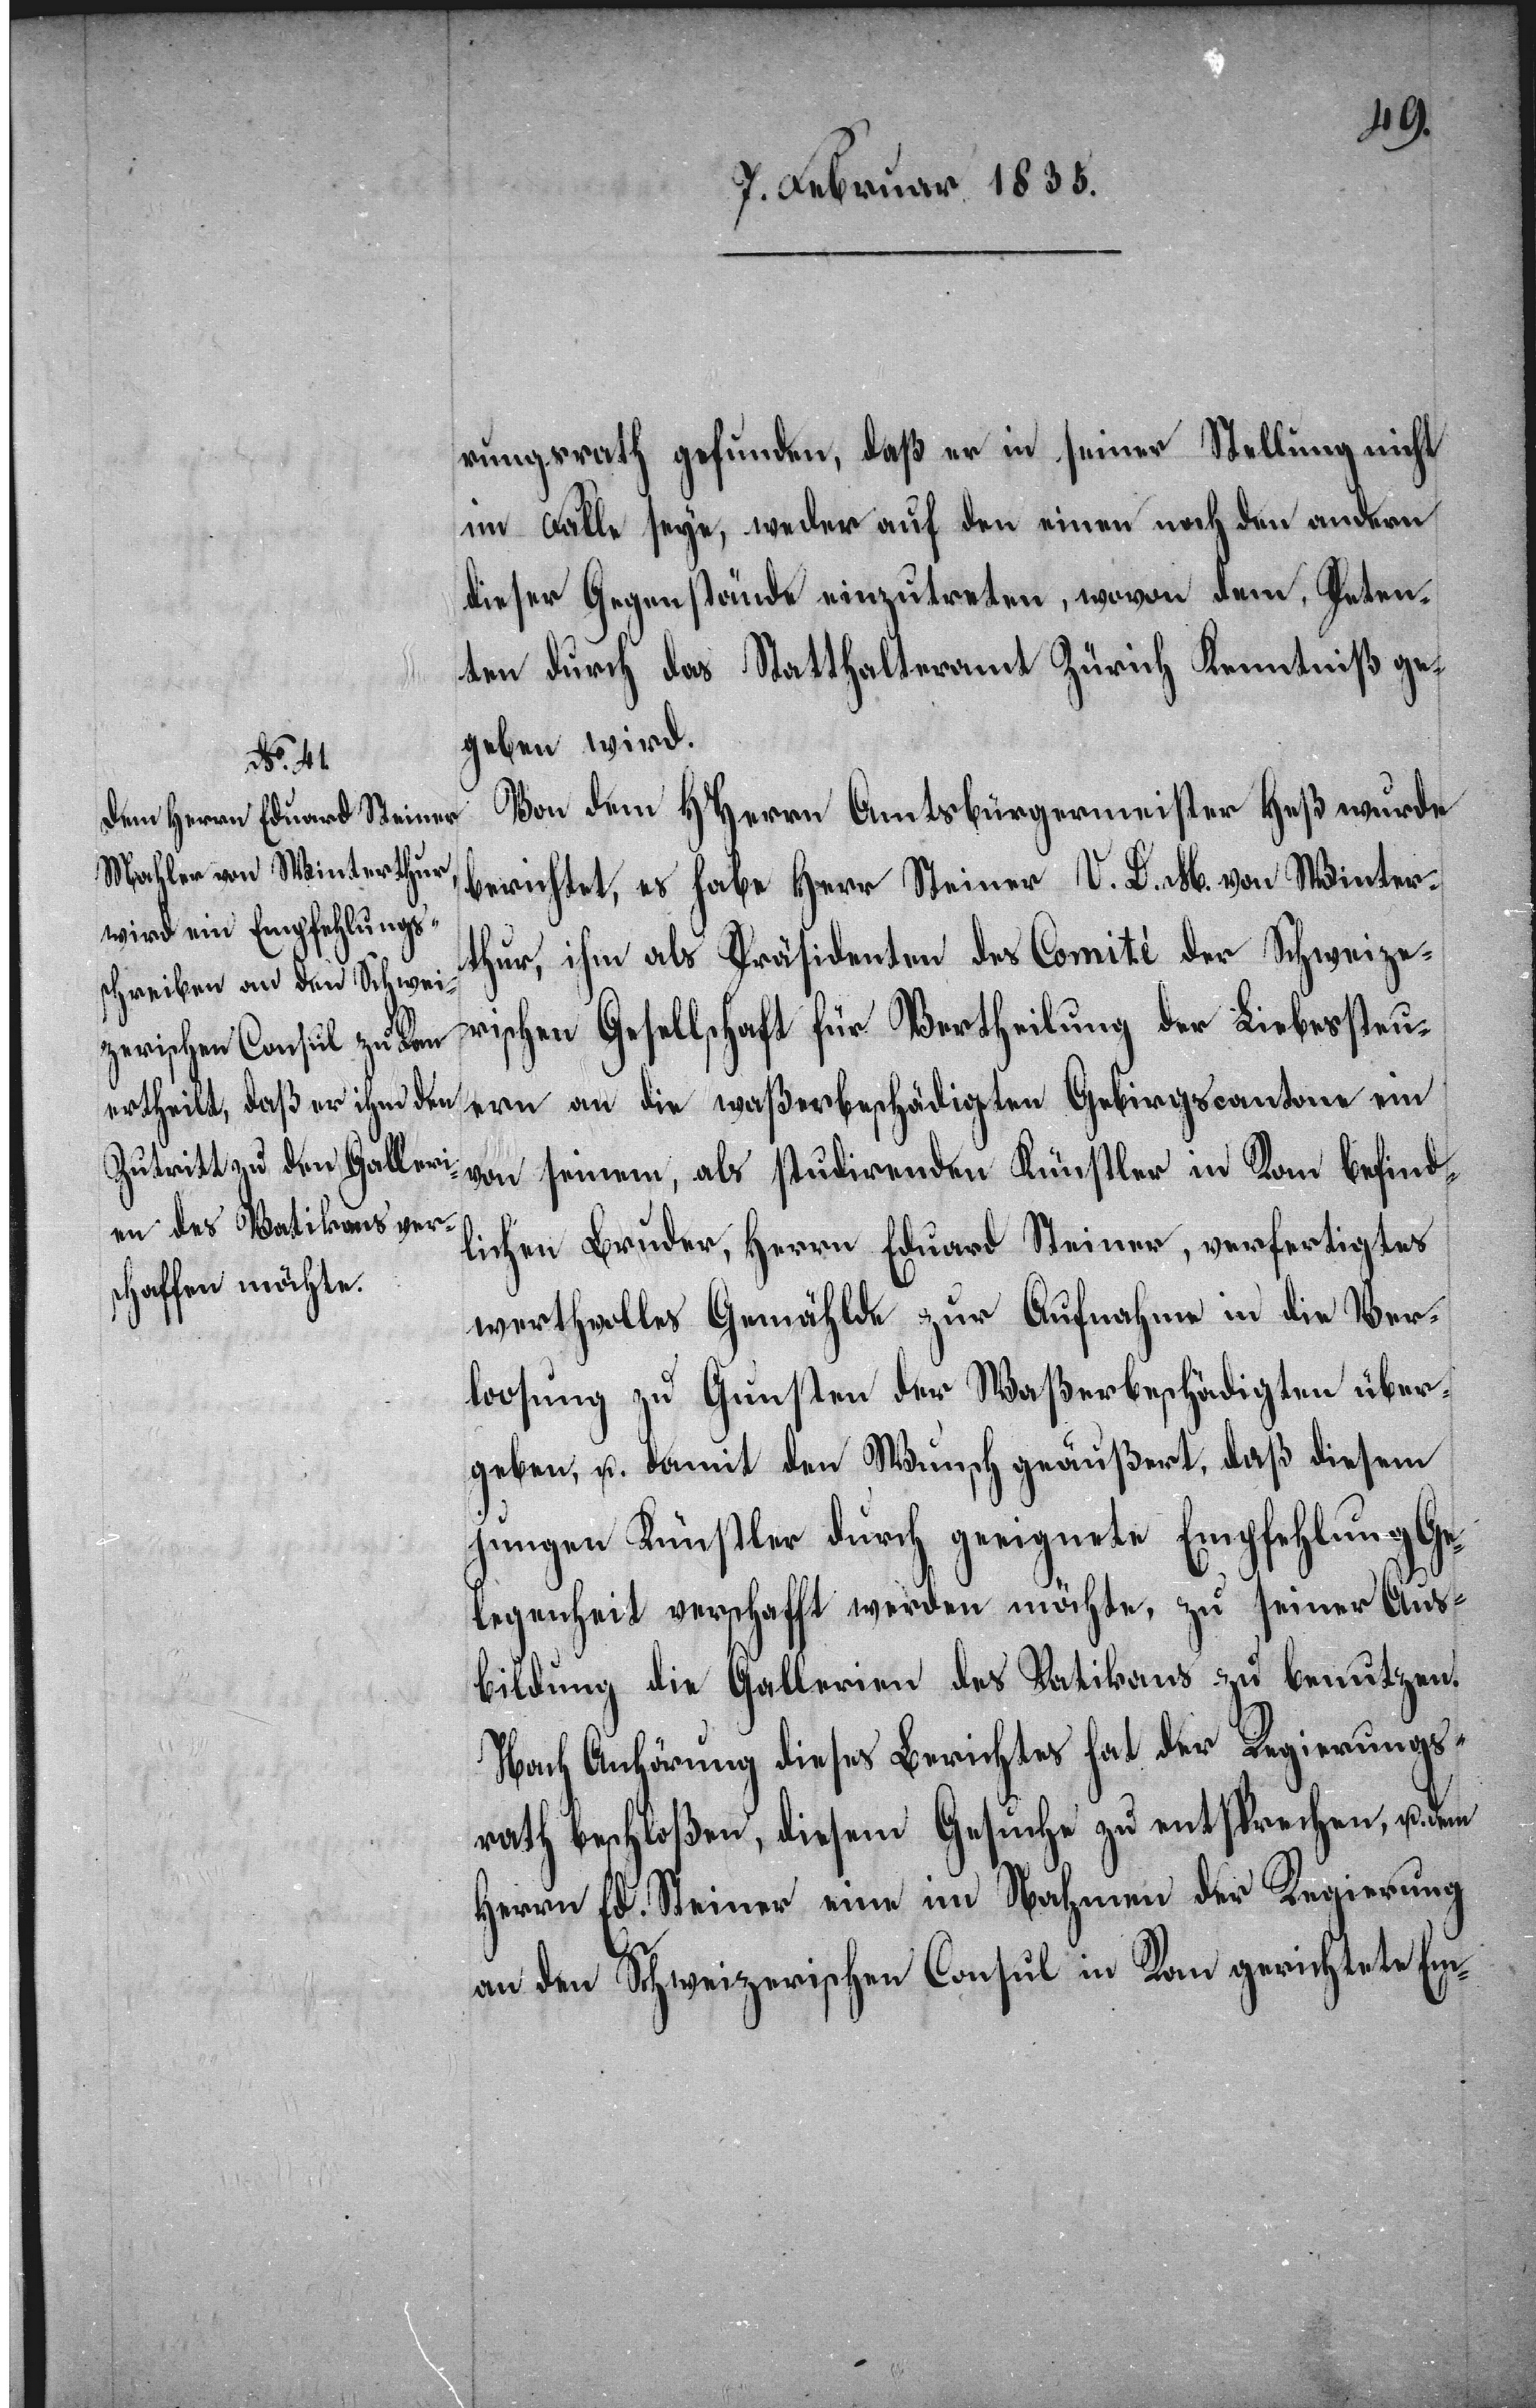
rungsrath gefunden, daß er in seiner Stellung nicht
im Falle seye, weder auf den einen noch den andern
dieser Gegenstände einzutreten, wovon dem Peten¬
ten durch das Statthalteramt Zürich Kenntniß ge¬
geben wird.
Von dem HHerrn Amtsbürgermeister Heß wurde
berichtet, es habe Herr Steiner V. D. M. von Winter¬
thur, ihm als Präsidenten des Comité der Schweize¬
rischen Gesellschaft für Vertheilung der Liebessteu¬
ern an die waßerbeschädigten Gebirgscantone ein
von seinem als studirenden Künstler in Rom befind¬
lichen Bruder, Herrn Eduard Steiner, verfertigtes
werthvolles Gemählde zur Aufnahme in die Ver¬
loosung zu Gunsten der Waßerbeschädigten über¬
geben, u. damit den Wunsch geäußert, daß diesem
jungen Künstler durch geeignete Empfehlung Ge¬
legenheit verschafft werden möchte, zu seiner Aus¬
bildung die Gallerien des Vatikans zu benutzen.
Nach Anhörung dieses Berichtes hat der Regierungs¬
rath beschloßen, diesem Gesuche zu entsprechen, u. dem
Herrn Ed. Steiner eine im Nahmen der Regierung
an den Schweizerischen Consul in Rom gerichtete Em-